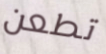
تطعن